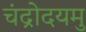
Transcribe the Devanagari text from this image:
चंद्रोदयमु